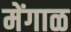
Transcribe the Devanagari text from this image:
मेंगाळ